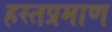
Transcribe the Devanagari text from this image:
हस्तप्रमाण